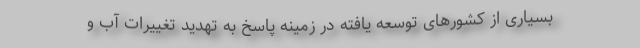
بسیاری از کشورهای توسعه یافته در زمینه پاسخ به تهدید تغییرات آب و